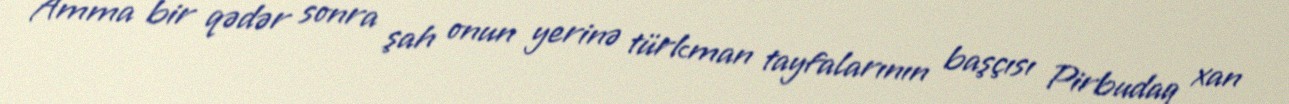
Amma bir qədər sonra şah onun yerinə türkman tayfalarının başçısı Pirbudaq xan